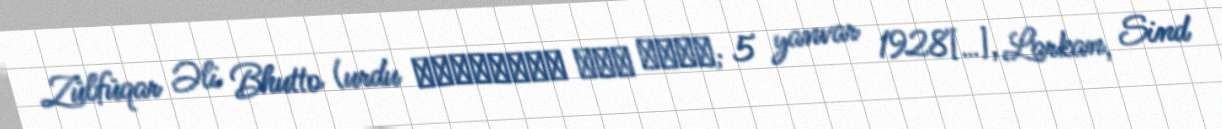
Zülfüqar Əli Bhutto (urdu ذوالفقار علی بھٹو; 5 yanvar 1928[…], Larkan, Sind